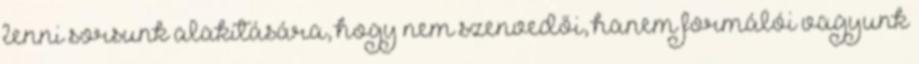
lenni sorsunk alakítására, hogy nem szenvedői, hanem formálói vagyunk